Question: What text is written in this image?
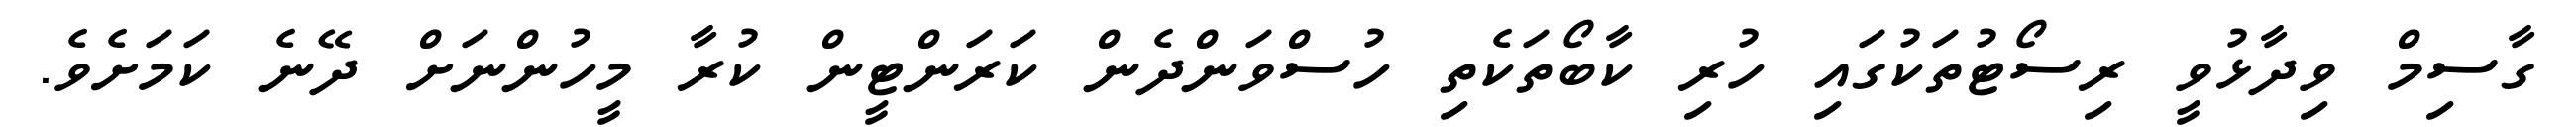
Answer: ގާސިމް ވިދާޅުވީ ރިސޯޓުތަކުގައި ހުރި ކާބޯތަކެތި ހުސްވަންދެން ކަރަންޓީން ކުރާ މީހުންނަށް ދޭނެ ކަމަށެވެ.